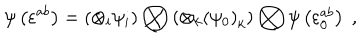
\psi \left( \varepsilon ^ { a b } \right) = \left( \otimes _ { i } \psi _ { i } \right) \bigotimes \left( \otimes _ { k } { \left( \psi _ { 0 } \right) } _ { k } \right) \bigotimes \psi \left( \varepsilon _ { 0 } ^ { a b } \right) \; ,